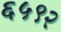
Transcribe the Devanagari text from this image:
६५९२